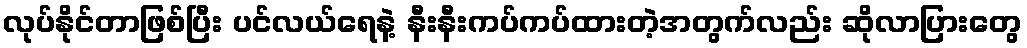
လုပ်နိုင်တာဖြစ်ပြီး ပင်လယ်ရေနဲ့ နီးနီးကပ်ကပ်ထားတဲ့အတွက်လည်း ဆိုလာပြားတွေ